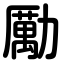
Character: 勵